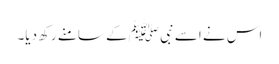
اس نے اسے نبی ﷺ کے سامنے رکھ دیا۔